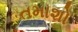
તમાશો